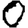
Digit: 0